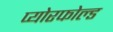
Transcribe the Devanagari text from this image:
प्योरफोल्ड